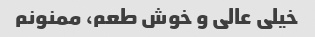
خیلی عالی و خوش طعم، ممنونم